Report on the working of the mental hospitals for Indians in Bihar and Orissa - 1925-1929
Year: 1925
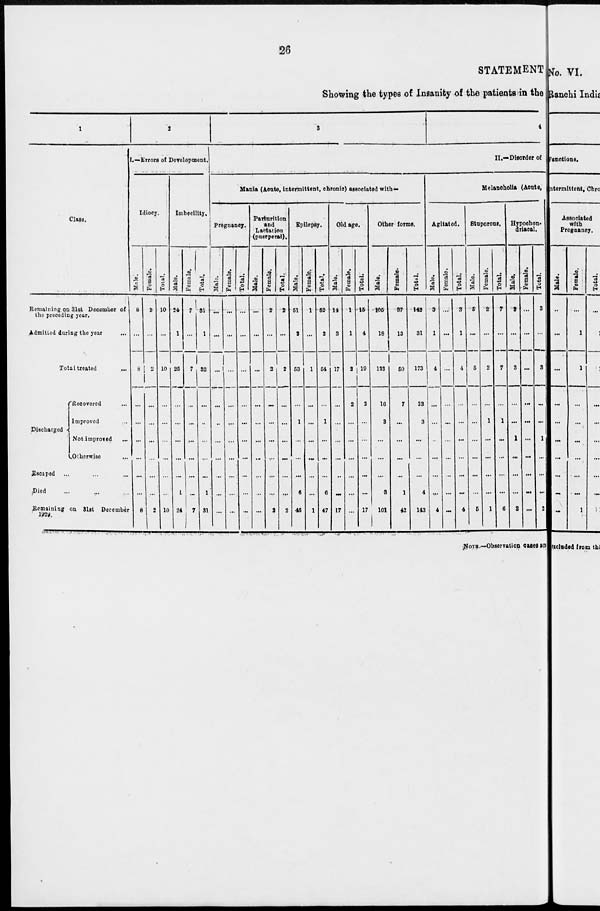
26
STATEMENT
Showing the types of Insanity of the patients in the
1
Class.
Remaining on 31st December of
the preceding year.
Admitted during the year ...
Total treated ...
Discharged
Recovered ...
Improved ...
Not improved ...
Otherwise ...
Escaped ... ... ...
Died ... ... ...
Remainlng on 31st December
1929.
2
I.—Errors of Development.
Idiocy.
Male.
8
...
8
...
...
...
...
...
...
8
Female.
2
...
2
...
...
...
...
...
...
2
Total.
10
...
10
...
...
...
...
...
...
10
Imbecility.
Male.
24
1
25
...
...
...
...
...
1
24
Female.
7
...
7
...
...
...
...
...
...
7
Total.
31
1
32
...
...
...
...
...
1
31
3
4
II.—Disorder of
Mania (Acute, intermittent, chronic) associated with—
Pregnancy.
Male.
...
...
...
...
...
...
. . .
...
...
...
Female.
...
...
...
...
...
...
...
...
...
...
Total.
...
...
...
...
...
...
...
...
...
...
Parturition
and
Lactation
(puerperal).
Male.
...
...
...
...
...
...
...
...
...
...
Female.
2
...
2
...
...
...
...
...
...
2
Total.
2
...
2
...
...
...
...
...
...
2
Epilepsy.
Male.
51
2
53
...
1
...
...
...
6
46
Female.
1
...
1
...
...
...
...
...
...
1
Total.
52
2
54
...
1
...
...
...
6
47
Old age.
Male.
14
3
17
...
...
...
...
...
...
17
Female.
1
1
2
2
...
...
...
...
...
...
Total.
15
4
19
2
...
...
...
...
...
17
Other forms.
Male.
105
18
123
16
3
...
...
...
3
101
Female.
37
13
50
7
...
...
...
...
1
42
Total.
142
31
173
23
3
...
...
...
4
143
Melancholia (Acute,
Agitated.
Male.
3
1
4
...
...
...
...
...
...
4
Female.
...
...
...
...
...
...
...
...
...
...
Total.
3
1
4
...
...
...
...
...
...
4
Stuporous.
Male.
5
...
5
...
...
...
...
...
...
5
Female.
2
...
2
...
1
...
...
...
...
1
Total.
7
...
7
...
1
...
...
...
...
6
Hypochon-
driacal.
Male.
3
...
3
...
...
1
...
...
...
2
Female.
...
...
...
...
...
...
...
...
...
...
Total.
3
...
3
...
...
1
...
...
...
2
NOTE.—Observation cases are